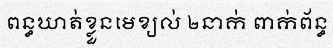
ពន្ធឃាត់ខ្លួនមេខ្យល់ ២នាក់ ពាក់ព័ន្ធ